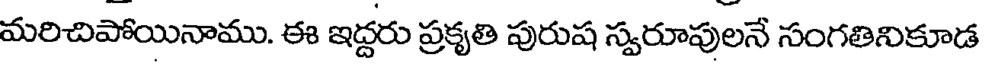
మరిచిపోయినాము. ఈ ఇద్దరు ప్రకృతి పురుష స్వరూపులనే సంగతినికూడ